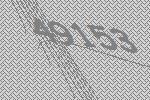
49153